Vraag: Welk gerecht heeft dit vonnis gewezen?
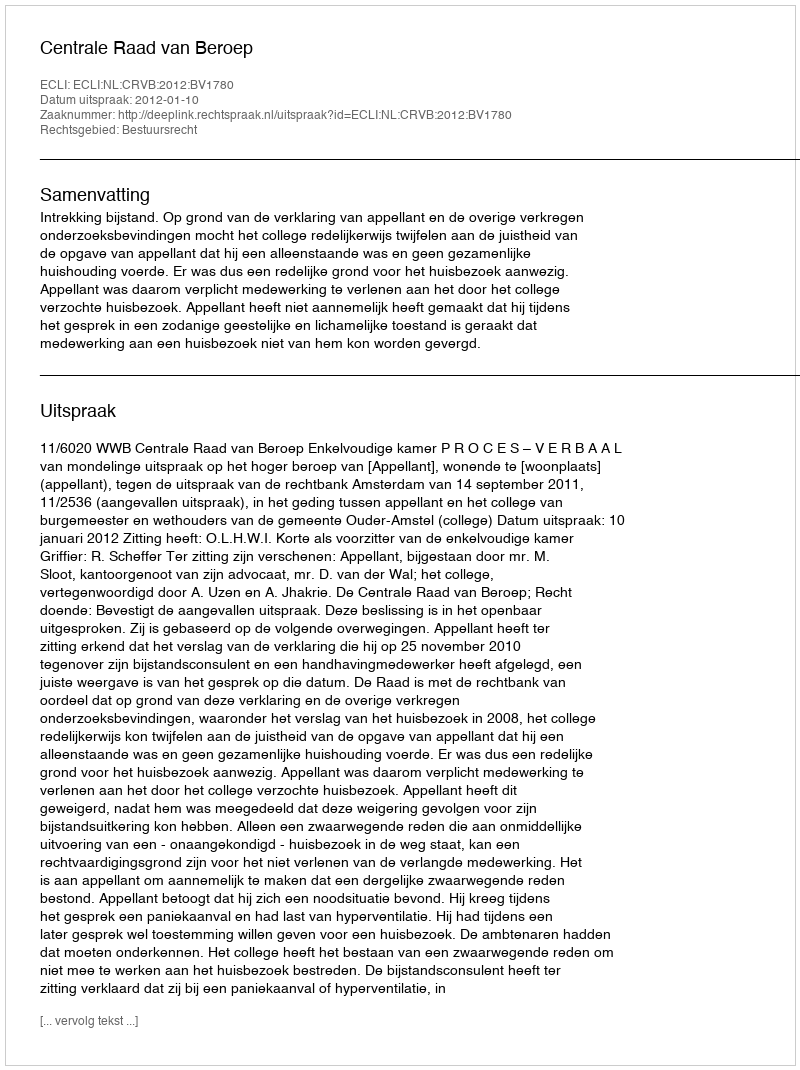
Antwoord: Centrale Raad van Beroep